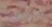
إجرامية